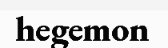
hegemon